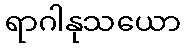
ရာဂါနုသယော